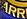
1RR